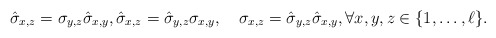
\begin{align*} \hat\sigma_{x,z} = \sigma_{y,z} \hat\sigma_{x,y},\hat\sigma_{x,z} = \hat \sigma_{y,z} \sigma_{x,y},\quad\sigma_{x,z} = \hat \sigma_{y,z} \hat\sigma_{x,y},\forall x,y,z \in \{1,\dots,\ell\}.\end{align*}